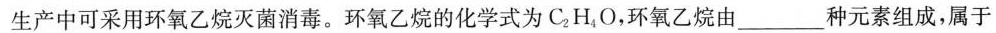
生产中可采用环氧乙烷灭菌消毒。环氧乙烷的化学式为C2H4O，环氧乙烷由_种元素组成，属于